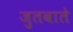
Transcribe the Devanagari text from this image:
जुतवाते